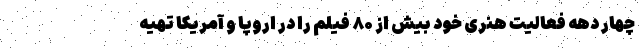
چهار دهه فعالیت هنری خود بیش از ۸۰ فیلم را در اروپا و آمریکا تهیه